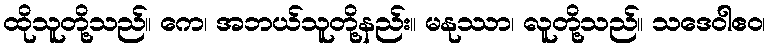
ထိုသူတို့သည်။ ကေ၊ အဘယ်သူတို့နည်း။ မနုဿာ၊ လူတို့သည်။ သဒေဝါဧဝ၊